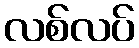
လစ်လပ်